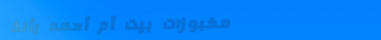
مخبوزات بيت أم أحمد بألذ